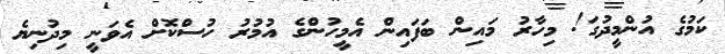
ކަމުގެ އުންމީދުގަ! މިހާރު މައިން ބަފައިން އެމީހުންގެ އުމުރު ހުސްކޮށް އެވަނީ މިދުނިޔެ